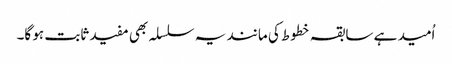
اُمید ہے سابقہ خطوط کی مانند یہ سلسلہ بھی مفید ثابت ہو گا۔